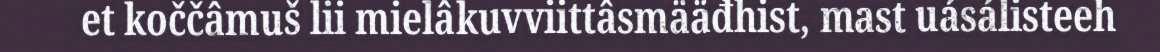
et koččâmuš lii mielâkuvviittâsmääđhist, mast uásálisteeh